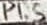
Text: P1.5